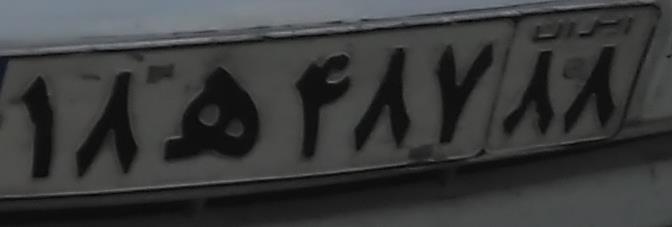
۱۸ه۴۸۷۸۸